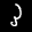
Label: 3